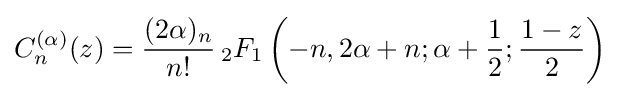
C_{n}^{(\alpha )}(z)={\frac {(2\alpha )_{n}}{n!}}\,_{2}F_{1}\left(-n,2\alpha +n;\alpha +{\frac {1}{2}};{\frac {1-z}{2}}\right)